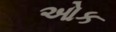
ઓક